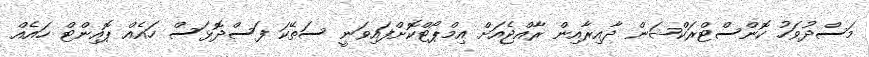
މަސްދުވަހު ކޮންސްޓްރަކްޝަން ދާއިރާއިން ރާއްޖެއަށް އިމްޕޯޓްކޮށްފައިވަނީ ސަތޭކަ ފަސްދޮޅަސް ހައެއް ޕޮއިންޓް ހައެއް